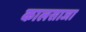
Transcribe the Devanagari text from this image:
कालसाजा